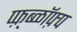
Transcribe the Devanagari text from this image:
प्फ़़्ब्ळॉफ़्प